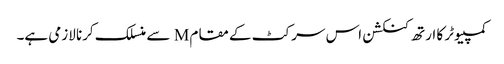
کمپیوٹر کا ارتھ کنکشن اس سرکٹ کے مقام M سے منسلک کرنا لازمی ہے۔